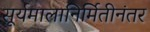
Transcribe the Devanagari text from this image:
सूर्यमालानिर्मितीनंतर